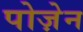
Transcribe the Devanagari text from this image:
पोज़ेन